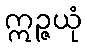
ဣဉ္ဇယုံ